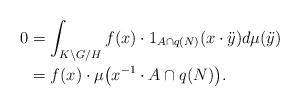
LaTeX: \begin{align*}0&=\int_{K \backslash G /H} f(x)\cdot 1_{A\cap q(N)} (x\cdot \ddot{y}) d\mu(\ddot{y})\\&=f(x)\cdot \mu\big(x^{-1}\cdot A\cap q(N)\big).\end{align*}